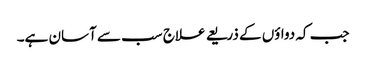
جب کہ دواؤں کے ذریعے علاج سب سے آسان ہے۔